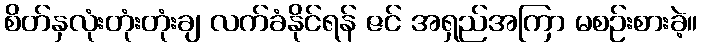
စိတ်နှလုံးတုံးတုံးချ လက်ခံနိုင်ရန် ဇင် အရှည်အကြာ မစဉ်းစားခဲ့။